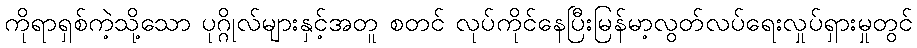
ကိုရာရှစ်ကဲ့သို့သော ပုဂ္ဂိုလ်များနှင့်အတူ စတင် လုပ်ကိုင်နေပြီးမြန်မာ့လွတ်လပ်ရေးလှုပ်ရှားမှုတွင်